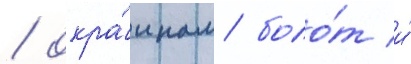
/ окра́инам боло́т и́